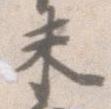
未